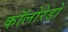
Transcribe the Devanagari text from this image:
कॉलोरेडो